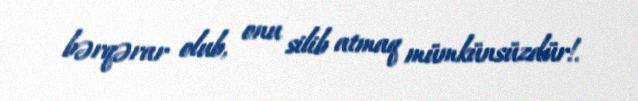
bərqərar olub, onu silib atmaq mümkünsüzdür!.